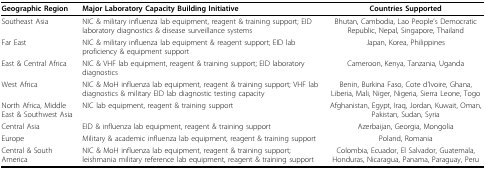
| Geographic Region | Major Laboratory Capacity Building Initiative | Countries Supported |
 | --- | --- | --- |
 | Southeast Asia | NIC & military influenza lab equipment, reagent & training support; EID laboratory diagnostics & disease surveillance systems | Bhutan, Cambodia, Lao People’s Democratic Republic, Nepal, Singapore, Thailand |
 | Far East | NIC & military influenza lab equipment & reagent support; EID lab proficiency & equipment support | Japan, Korea, Philippines |
 | East & Central Africa | NIC & VHF lab equipment, reagent & training support; EID laboratory diagnostics | Cameroon, Kenya, Tanzania, Uganda |
 | West Africa | NIC & MoH influenza lab equipment, reagent & training support; VHF lab diagnostics & military EID lab diagnostic testing capacity | Benin, Burkina Faso, Cote d’Ivoire, Ghana, Liberia, Mali, Niger, Nigeria, Sierra Leone, Togo |
 | North Africa, Middle East & Southwest Asia | NIC lab equipment, reagent & training support | Afghanistan, Egypt, Iraq, Jordan, Kuwait, Oman, Pakistan, Sudan, Syria |
 | Central Asia | EID & influenza lab equipment, reagent & training support | Azerbaijan, Georgia, Mongolia |
 | Europe | Military & academic influenza lab equipment, reagent & training support | Poland, Romania |
 | Central & South America | NIC & MoH influenza lab equipment, reagent & training support; leishmania military reference lab equipment, reagent & training support | Colombia, Ecuador, El Salvador, Guatemala, Honduras, Nicaragua, Panama, Paraguay, Peru |